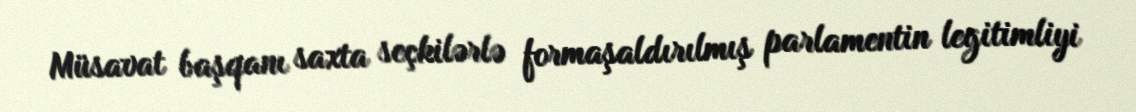
Müsavat başqanı saxta seçkilərlə formaşaldırılmış parlamentin legitimliyi